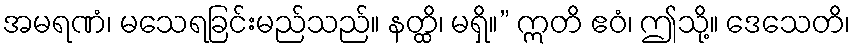
အမရဏံ၊ မသေရခြင်းမည်သည်။ နတ္ထိ၊ မရှိ။” ဣတိ ဧဝံ၊ ဤသို့။ ဒေသေတိ၊